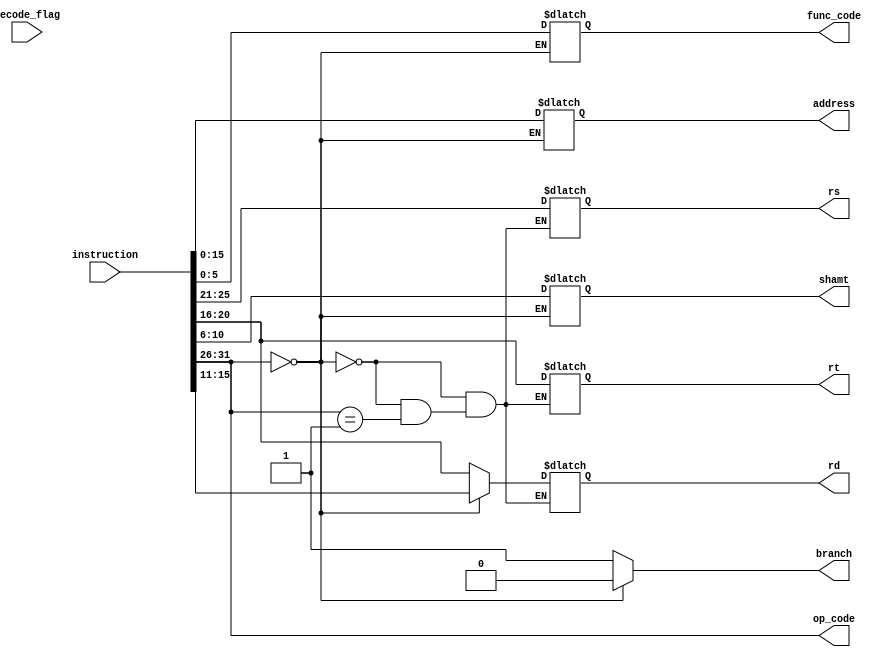
module decode (input [31:0] instruction, output reg [5:0] op_code, output reg [5:0] func_code, output reg [4:0] rs, output reg [4:0] rt, output reg [4:0] rd, output reg [4:0] shamt, output reg [15:0] address, output reg branch, input decode_flag);
    initial begin
        op_code = 6'b0;
        func_code = 6'b0;
        rs = 5'b0;
        rt = 5'b0;
        rd = 5'b0;
        shamt = 5'b0;
        address = 16'b0;
        // op1 = 32'b0;
    end
    always @ (*) begin
        op_code = instruction [31:26];
        if (op_code == 0) begin // R type
            func_code = instruction [5:0];
            rs = instruction [25:21];
            // data n1 (rs, op1, 1'b1, 32'b0);
            rt = instruction [20:16];
            rd = instruction [15:11];
            shamt = instruction [10:6];
            branch = 0;

        end
        else if (op_code == 1) begin // J type
            address = instruction [15:0];
            branch = 1;
        end
        else begin // I type
            address = instruction [15:0];
            rs = instruction [25:21];
            rd = instruction [20:16];
            rt = instruction [20:16];
            branch = 1;
        end

        

    end

endmodule